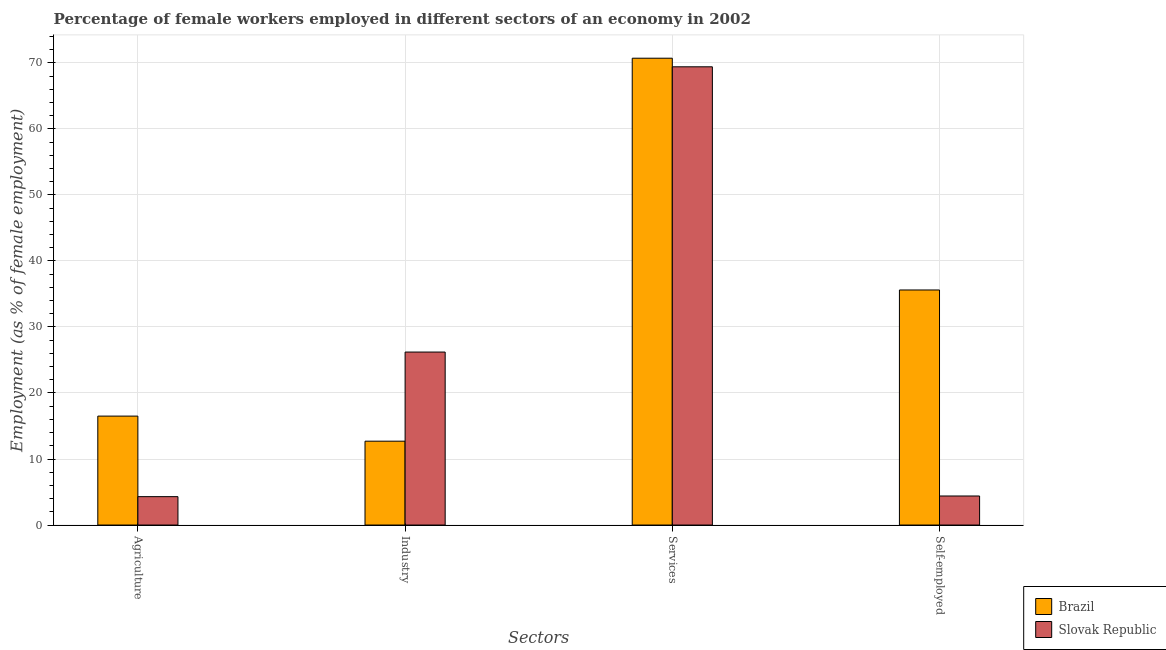
| Sectors | Brazil | Slovak Republic |
 | --- | --- | --- |
 | Agriculture | 16.5 | 4.3 |
 | Industry | 12.7 | 26.2 |
 | Services | 70.7 | 69.4 |
 | Self-employed | 35.6 | 4.4 |